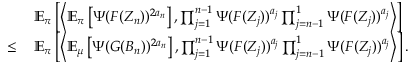
\begin{array} { r l } & { \mathbb { E } _ { \boldsymbol \pi } \left[ \left\langle \mathbb { E } _ { \boldsymbol \pi } \left[ \Psi ( F ( Z _ { n } ) ) ^ { 2 a _ { n } } \right] , \prod _ { j = 1 } ^ { n - 1 } \Psi ( F ( Z _ { j } ) ) ^ { a _ { j } } \prod _ { j = n - 1 } ^ { 1 } \Psi ( F ( Z _ { j } ) ) ^ { a _ { j } } \right\rangle \right] } \\ { \leq \, } & { \mathbb { E } _ { \boldsymbol \pi } \left[ \left\langle \mathbb { E } _ { \boldsymbol \mu } \left[ \Psi ( G ( B _ { n } ) ) ^ { 2 a _ { n } } \right] , \prod _ { j = 1 } ^ { n - 1 } \Psi ( F ( Z _ { j } ) ) ^ { a _ { j } } \prod _ { j = n - 1 } ^ { 1 } \Psi ( F ( Z _ { j } ) ) ^ { a _ { j } } \right\rangle \right] . } \end{array}